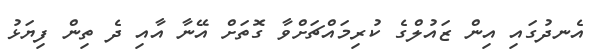
އެނދުގައި އިން ޒައުލްގެ ކުރިމައްޗަށްވާ ގޮތަށް އޭނާ އާއި ދެ ތިން ފިޔަޅު